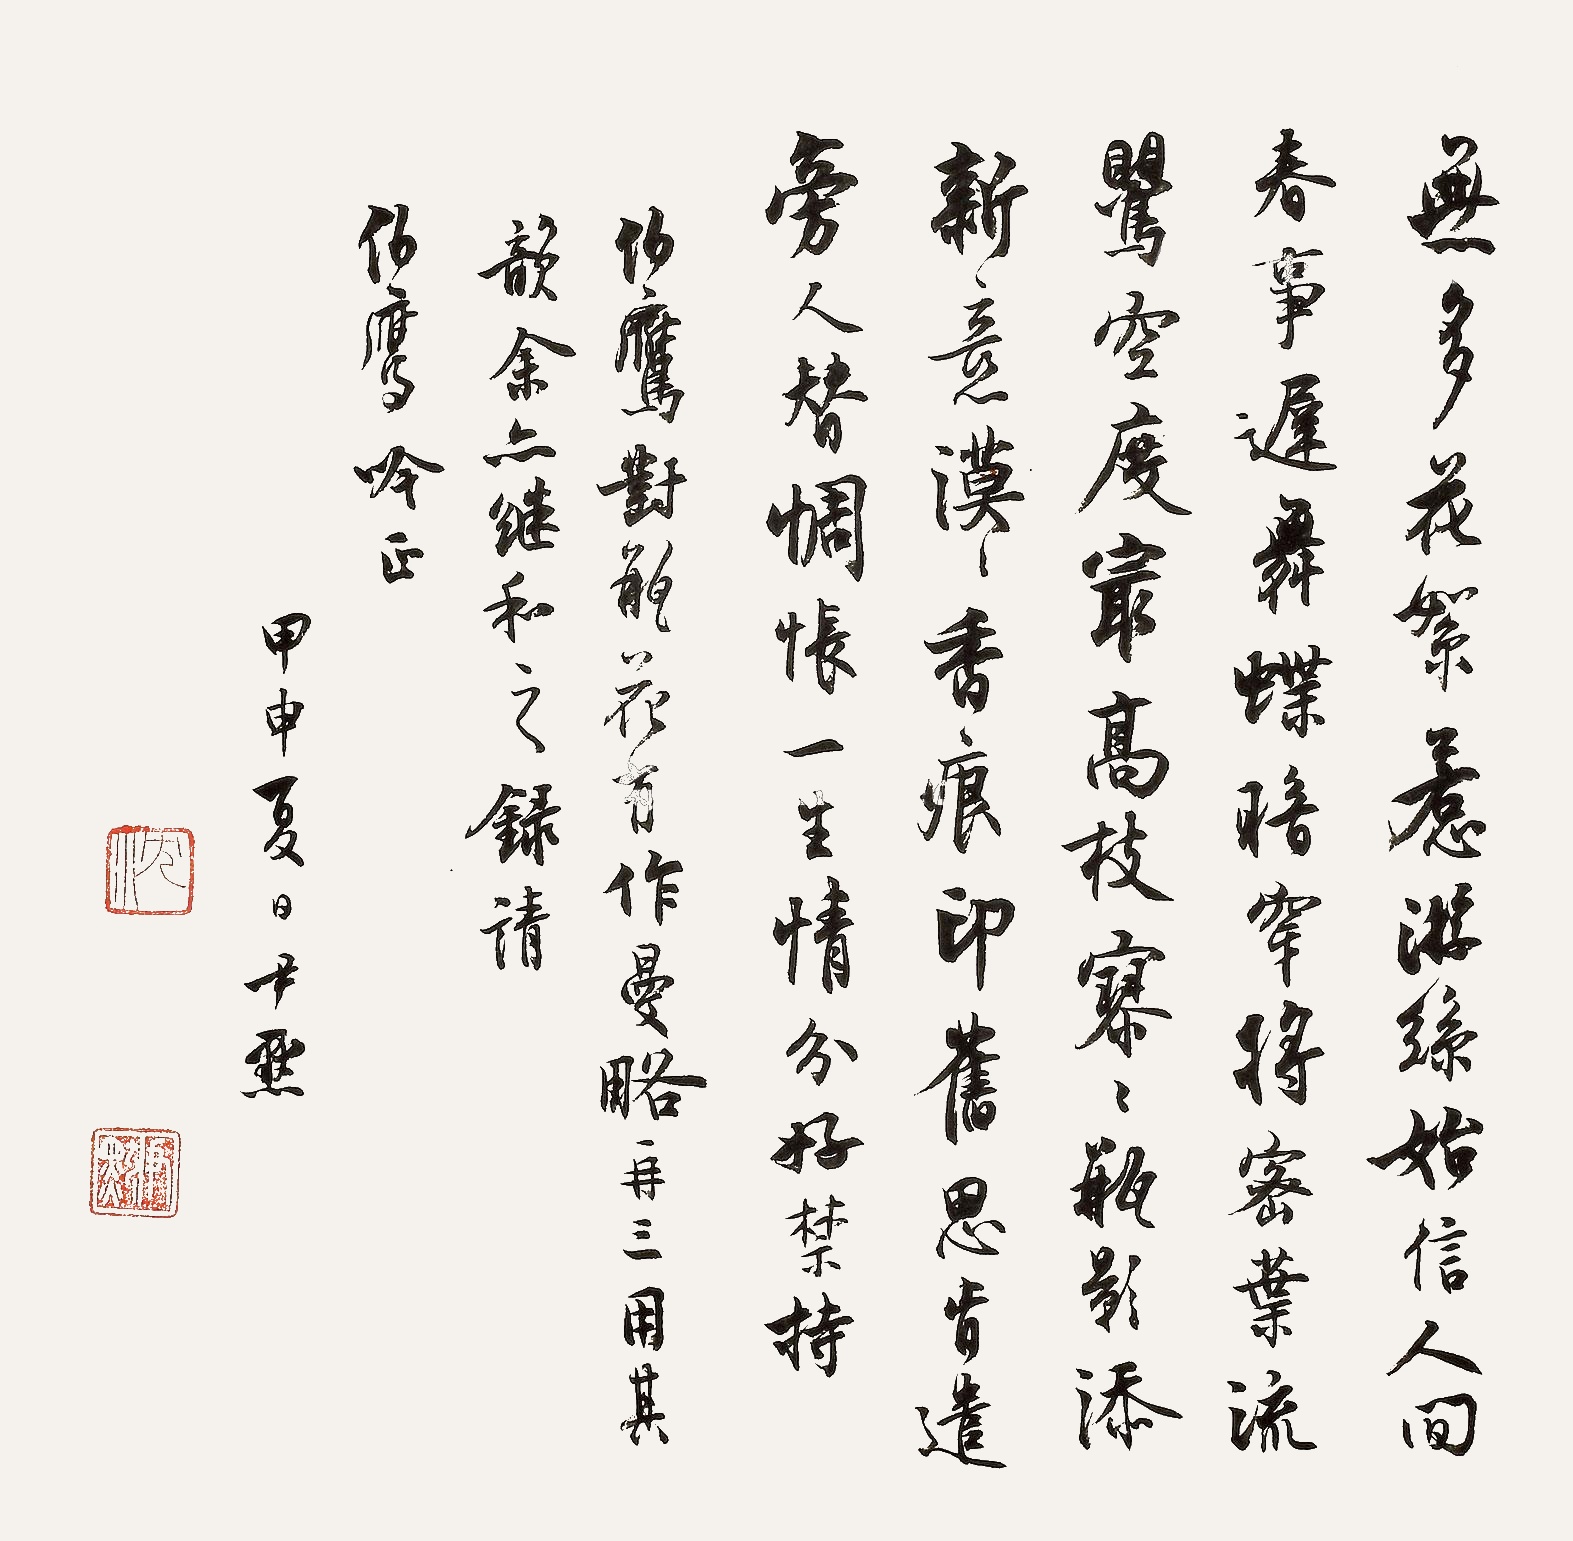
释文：无多花絮惹游丝，始信人间春事迟。舞蝶暗穿将密叶，流莺空度最高枝。寥寥瓶影添新意，漠漠香痕印旧思。肯遣旁人替惆怅，一生情分好禁持。伯鹰对瓶花有作，曼略再三用其韵，余亦继和之，录请伯鹰吟正。甲申夏日，尹默。